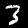
Label: 3